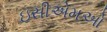
ઇસીએમઓ